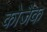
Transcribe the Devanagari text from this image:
कोजैक